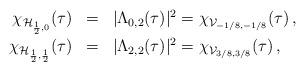
LaTeX: \begin{align*}\renewcommand{\arraystretch}{1.2} \begin{array}{rcl} \chi_{\mathcal{H}_{\frac12,0}}(\tau) &=& |\Lambda_{0,2}(\tau)|^2 = \chi_{\mathcal{V}_{-1/8,-1/8}}(\tau)\,, \\ \chi_{\mathcal{H}_{\frac12,\frac12}}(\tau) &=& |\Lambda_{2,2}(\tau)|^2 = \chi_{\mathcal{V}_{3/8,3/8}}(\tau)\,, \end{array}\end{align*}